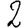
Digit: 2